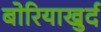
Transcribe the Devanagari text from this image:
बोरियाखुर्द